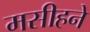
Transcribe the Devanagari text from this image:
मसीहने